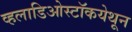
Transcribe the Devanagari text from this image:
व्हलाडिओस्टॉकयेथून